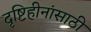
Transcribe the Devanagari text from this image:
दृष्टिहीनांसाठी